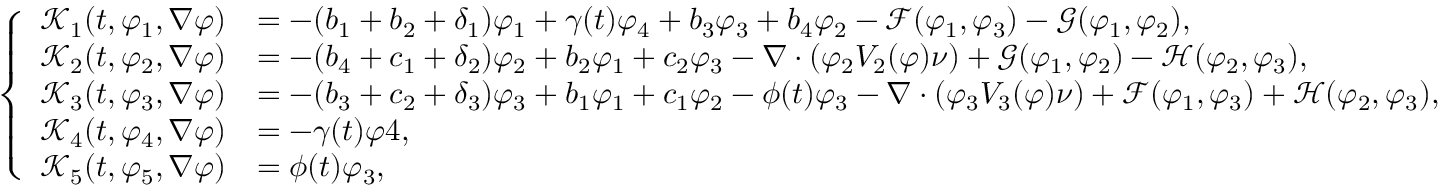
\left\{ \begin{array} { r l } { \mathcal { K } _ { 1 } ( t , \varphi _ { 1 } , \nabla \varphi ) } & { = - ( b _ { 1 } + b _ { 2 } + \delta _ { 1 } ) \varphi _ { 1 } + \gamma ( t ) \varphi _ { 4 } + b _ { 3 } \varphi _ { 3 } + b _ { 4 } \varphi _ { 2 } - \mathcal { F } ( \varphi _ { 1 } , \varphi _ { 3 } ) - \mathcal { G } ( \varphi _ { 1 } , \varphi _ { 2 } ) , } \\ { \mathcal { K } _ { 2 } ( t , \varphi _ { 2 } , \nabla \varphi ) } & { = - ( b _ { 4 } + c _ { 1 } + \delta _ { 2 } ) \varphi _ { 2 } + b _ { 2 } \varphi _ { 1 } + c _ { 2 } \varphi _ { 3 } - \nabla \cdot ( \varphi _ { 2 } V _ { 2 } ( \varphi ) \nu ) + \mathcal { G } ( \varphi _ { 1 } , \varphi _ { 2 } ) - \mathcal { H } ( \varphi _ { 2 } , \varphi _ { 3 } ) , } \\ { \mathcal { K } _ { 3 } ( t , \varphi _ { 3 } , \nabla \varphi ) } & { = - ( b _ { 3 } + c _ { 2 } + \delta _ { 3 } ) \varphi _ { 3 } + b _ { 1 } \varphi _ { 1 } + c _ { 1 } \varphi _ { 2 } - \phi ( t ) \varphi _ { 3 } - \nabla \cdot ( \varphi _ { 3 } V _ { 3 } ( \varphi ) \nu ) + \mathcal { F } ( \varphi _ { 1 } , \varphi _ { 3 } ) + \mathcal { H } ( \varphi _ { 2 } , \varphi _ { 3 } ) , } \\ { \mathcal { K } _ { 4 } ( t , \varphi _ { 4 } , \nabla \varphi ) } & { = - \gamma ( t ) \varphi 4 , } \\ { \mathcal { K } _ { 5 } ( t , \varphi _ { 5 } , \nabla \varphi ) } & { = \phi ( t ) \varphi _ { 3 } , } \end{array} \right.